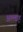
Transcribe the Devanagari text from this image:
अल्लाहू